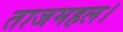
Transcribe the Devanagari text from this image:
ताजमहल।